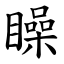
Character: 矂